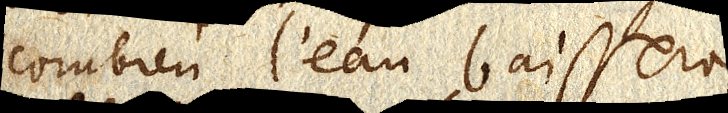
N. combien l’eau baissera